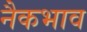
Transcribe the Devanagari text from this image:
नैकभाव